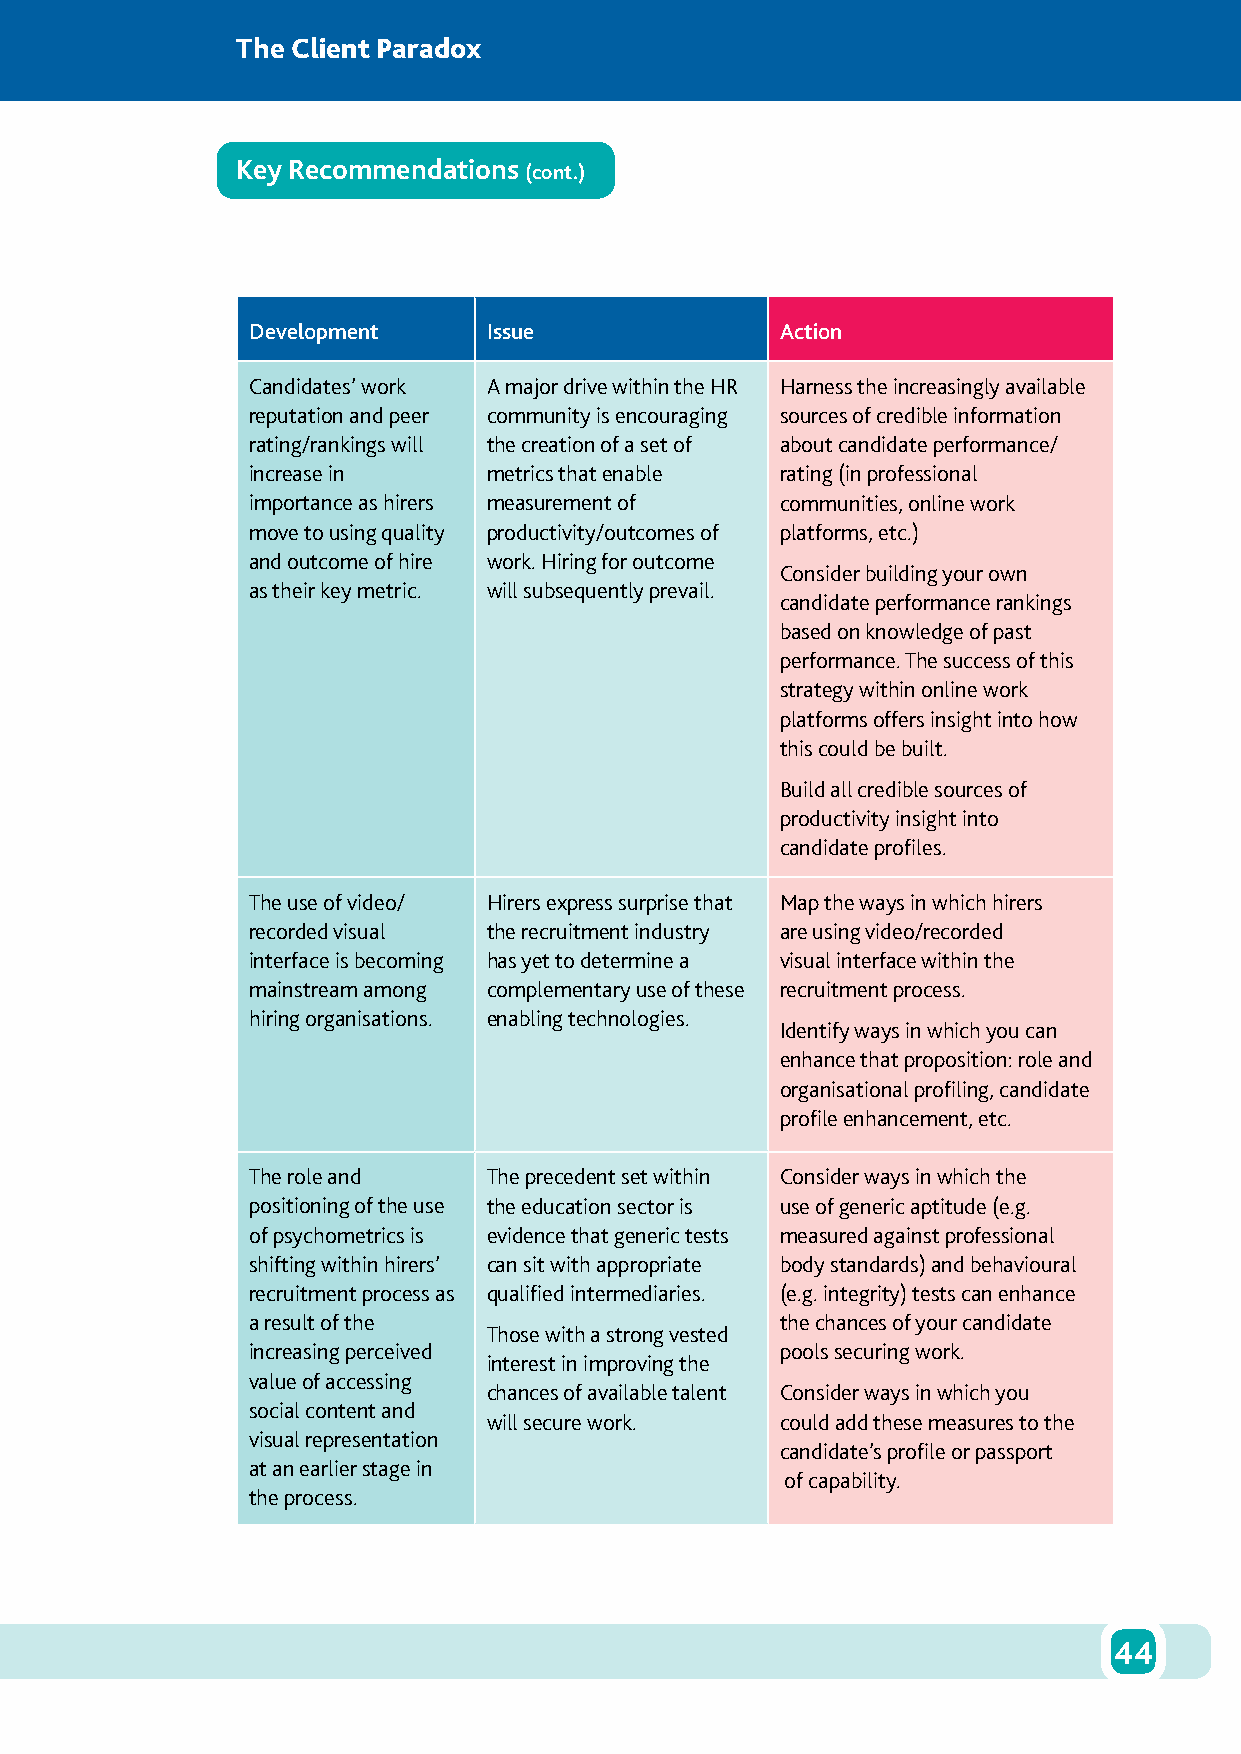
The Client Paradox
 Key Recommendations
 (cont.)
 Development     Issue               Action
 Candidates’ work A major drive within the HR Harness the increasingly available
 reputation and peer community is encouraging sources of credible information
 rating/rankings will the creation of a set of about candidate performance/
 increase in     metrics that enable rating (in professional
 importance as hirers measurement of communities, online work
 move to using quality productivity/outcomes of platforms, etc.)
 and outcome of hire work. Hiring for outcome
 Consider building your own
 as their key metric. will subsequently prevail.
 candidate performance rankings
 based on knowledge of past
 performance. The success of this
 strategy within online work
 platforms offers insight into how
 this could be built.
 Build all credible sources of
 productivity insight into
 candidate profiles.
 The use of video/ Hirers express surprise that Map the ways in which hirers
 recorded visual the recruitment industry are using video/recorded
 interface is becoming has yet to determine a visual interface within the
 mainstream among complementary use of these recruitment process.
 hiring organisations. enabling technologies.
 Identify ways in which you can
 enhance that proposition: role and
 organisational profiling, candidate
 profile enhancement, etc.
 The role and    The precedent set within Consider ways in which the
 positioning of the use the education sector is use of generic aptitude (e.g.
 of psychometrics is evidence that generic tests measured against professional
 shifting within hirers’ can sit with appropriate body standards) and behavioural
 recruitment process as qualified intermediaries. (e.g. integrity) tests can enhance
 a result of the                     the chances of your candidate
 Those with a strong vested
 increasing perceived                pools securing work.
 interest in improving the
 value of accessing
 chances of available talent Consider ways in which you
 social content and
 will secure work.   could add these measures to the
 visual representation
 candidate’s profile or passport
 at an earlier stage in
 of capability.
 the process.
 44